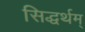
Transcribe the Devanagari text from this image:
सिद्धर्थम्